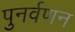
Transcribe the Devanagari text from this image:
पुनर्वणन